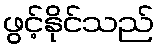
ဖွင့်နိုင်သည်